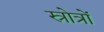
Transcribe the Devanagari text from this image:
स्रोत्रों